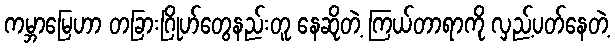
ကမ္ဘာမြေဟာ တခြားဂြိုဟ်တွေနည်းတူ နေဆိုတဲ့ ကြယ်တာရာကို လှည့်ပတ်နေတဲ့